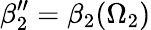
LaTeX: \beta_{2}^{\prime\prime}=\beta_{2}(\Omega_{2})